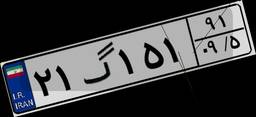
۲۱گ۱۵۱۹۱